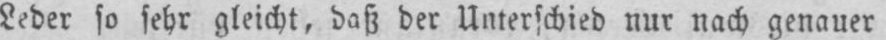
Leder so sehr gleicht, daß der Unterschied nur nach genauer